Vaccination United Provinces of Agra and Oudh 1902-1913 - 1902-1913
Year: 1902
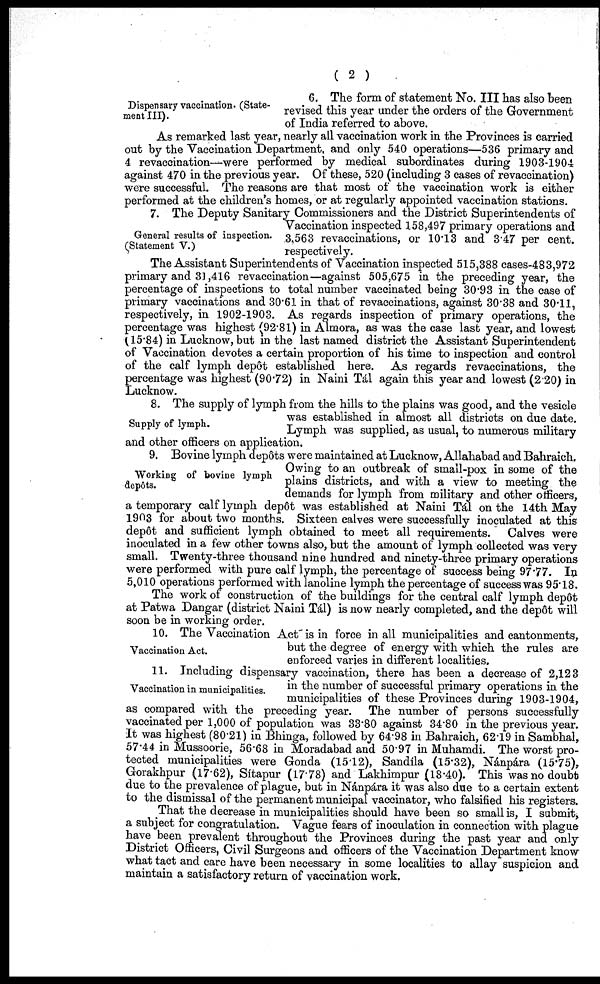
( 2 )
Dispensary vaccination. (State-
ment III).
6. The form of statement No. III has also been
revised this year under the orders of the Government
of India referred to above.
As remarked last year, nearly all vaccination work in the Provinces is carried
out by the Vaccination Department, and only 540 operations—536 primary and
4 revaccination—were performed by medical subordinates during 1903-1904
against 470 in the previous year. Of these, 520 (including 3 cases of revaccination)
were successful. The reasons are that most of the vaccination work is either
performed at the children's homes, or at regularly appointed vaccination stations.
General results of inspection.
(Statement V.)
7. The Deputy Sanitary Commissioners and the District Superintendents of
Vaccination inspected 158,497 primary operations and
3,563 revaccinations, or 10.13 and 3.47 per cent.
respectively.
The Assistant Superintendents of Vaccination inspected 515,388 cases-483,972
primary and 31,416 revaccination—against 505,675 in the preceding year, the
percentage of inspections to total number vaccinated being 30.93 in the case of
primary vaccinations and 30.61 in that of revaccinations, against 30.38 and 30.11,
respectively, in 1902-1903. As regards inspection of primary operations, the
percentage was highest (92.81) in Almora, as was the case last year, and lowest
(15.84) in Lucknow, but in the last named district the Assistant Superintendent
of Vaccination devotes a certain proportion of his time to inspection and control
of the calf lymph depôt established here. As regards revaccinations, the
percentage was highest (90.72) in Naini Tál again this year and lowest (2.20) in
Lucknow.
Supply of lymph.
8. The supply of lymph from the hills to the plains was good, and the vesicle
was established in almost all districts on due date.
Lymph was supplied, as usual, to numerous military
and other officers on application.
Working of bovine lymph
depôts.
9. Bovine lymph depôts were maintained at Lucknow, Allahabad and Bahraich,
Owing to an outbreak of small-pox in some of the
plains districts, and with a view to meeting the
demands for lymph from military and other officers,
a temporary calf lymph depôt was established at Naini Tál on the 14th May
1903 for about two months. Sixteen calves were successfully inoculated at this
depôt and sufficient lymph obtained to meet all requirements. Calves were
inoculated in a few other towns also, but the amount of lymph collected was very
small. Twenty-three thousand nine hundred and ninety-three primary operations
were performed with pure calf lymph, the percentage of success being 97.77. In
5,010 operations performed with lanoline lymph the percentage of success was 95.18.
The work of construction of the buildings for the central calf lymph depôt
at Patwa Dangar (district Naini Tál) is now nearly completed, and the depot will
soon be in working order.
Vaccination Act.
10. The Vaccination Act is in force in all municipalities and cantonments,
but the degree of energy with which the rules are
enforced varies in different localities.
11. Including dispensary vaccination, there has been a decrease of 2,123
Vaccination in municipalities.
in the number of successful primary operations in the
municipalities of these Provinces during 1903-1904,
as compared with the preceding year. The number of persons successfully
vaccinated per 1,000 of population was 33.80 against 34.80 in the previous year.
It was highest (80.21) in Bhinga, followed by 64.98 in Bahraich, 62.19 in Sambhal,
57.44 in Mussoorie, 56.68 in Moradabad and 50.97 in Muhamdi. The worst pro-
tected municipalities were Gonda (15.12), Sandíla (15.32), Nánpára (15.75),
Gorakhpur (17.62), Sítapur (17.78) and Lakhimpur (18.40). This was no doubt
due to the prevalence of plague, but in Nánpára it was also due to a certain extent
to the dismissal of the permanent municipal vaccinator, who falsified his registers.
That the decrease in municipalities should have been so small is, I submit,
a subject for congratulation. Vague fears of inoculation in connection with plague
have been prevalent throughout the Provinces during the past year and only
District Officers, Civil Surgeons and officers of the Vaccination Department know
what tact and care have been necessary in some localities to allay suspicion and
maintain a satisfactory return of vaccination work.